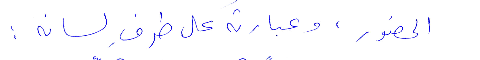
الحضور، وعبارته على طرف لسانه: